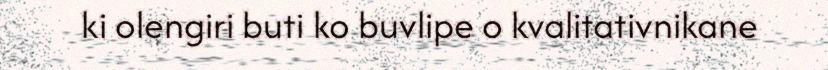
ki olengiri buti ko buvlipe o kvalitativnikane